Medical and sanitary report of the native army of Bengal for the year
Year: 1874
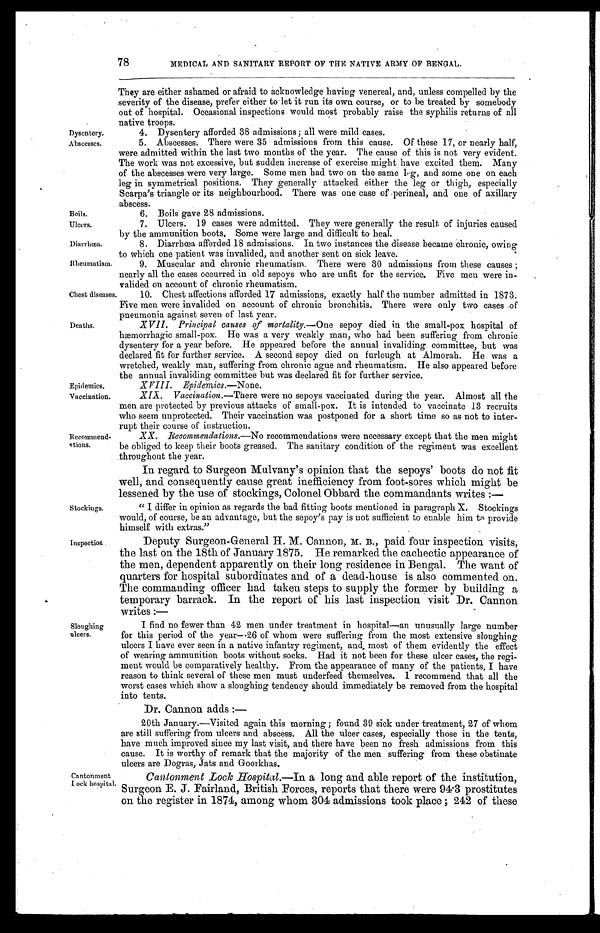
Dysentery.
Abscesses.
Boils.
Ulcers.
Diarrhœa.
Rheumatism
Epidemics.
Vaccination.
78
MEDICAL AND SANITARY REPORT OF THE NATIVE ARMY OF BENGAL.
Deaths.
Recommend-
tions.
Stockings.
Inpection Soughing
ulcers.
Chest diseases.
They are either ashamed or afraid to acknowledge having venereal, and, unless compelled by the
severity of the disease, prefer either to let it run its own course, or to be treated by somebody
out of hospital. Occasional inspections would most probably raise the syphilis returns of all
native troops.
4. Dysentery afforded 38 admissions ; all were mild cases.
5. Abscesses. There were 35 admissions from this cause. Of these 17, or nearly half,
were admitted within the last two months of the year. The cause of this is not very evident.
The work was not excessive, but sudden increase of exercise might have excited them. Many
of the abscesses were very large. Some men had two on the same leg, and some one on each
leg in symmetrical positions. They generally attacked either the leg or thigh, especially
Scarpa's triangle or its neighbourhood. There was one case of perinea, and one of axillary
abscess.
6. Boils gave 28 admissions.
7. Ulcers. 19 cases were admitted. They were generally the result of injuries caused
by the ammunition boots. Some were large and difficult to heal.
8. Diarrhœa afforded 18 admissions. In two instances the disease became chronic, owing
to which one patient was invalided, and another sent on sick leave.
9. Muscular and chronic rheumatism. There were 30 admissions from these causes ;
nearly all the cases occurred in old sepoys who are unfit for the service. Five men were in-
valided on account of chronic rheumatism.
10. Chest affections afforded 17 admissions, exactly half the number admitted in 1873.
Five men were invalided on account of chronic bronchitis. There were only two cases of
pneumonia against seven of last year.
XVII. Principal causes of mortality.— One sepoy died in the small-pox hospital of
hæmorrhagic small-pox. He was a very weakly man, who had been suffering from chronic
dysentery for a year before. He appeared before the annual invaliding committee, but was
declared fit for further service. A second sepoy died on furlough at Almorah. He was a
wretched, weakly man, suffering from chronic ague and rheumatism. He also appeared before
the annual invaliding committee but was declared fit for further service.
XVIII. Epidemics.—None.
XIX- Vaccination.—There were no sepoys vaccinated during the year. Almost all the
men are protected by previous attacks of small-pox. It is intended to vaccinate 13 recruits
who seem unprotected. Their vaccination was postponed for a short time so as not to inter-
rupt their course of instruction.
XX. Recommendations.— No recommendations were necessary except that the men might
be obliged to keep their boots greased. The sanitary condition of the regiment was excellent
throughout the year.
In regard to Surgeon Mulvany's opinion that the sepoys' boots do not fit
well, and consequently cause great inefficiency from foot-sores which might be
lessened by the use of stockings, Colonel Obbard the commandants writes :—
" I differ in opinion as regards the bad fitting boots mentioned in paragraph X. Stockings
would, of course, be an advantage, but the sepoy's pay is not sufficient to enable him to, provide
himself with extras."
Deputy Surgeon-General H. M. Cannon, M. B., paid four inspection visits,
the last on the 18th of January 1875. He remarked the cachectic appearance of
the men, dependent apparently on their long residence in Bengal. The want of
quarters for hospital subordinates and of a dead-house is also commented on.
The commanding officer had taken steps to supply the former by building a
temporary barrack. In the report of his last inspection visit Dr. Cannon
writes :—
I find no fewer than 42 men under treatment in hospital—an unusually large number
for this period of the year—.26 of whom were suffering from the most extensive sloughing
ulcers I have ever seen in a native infantry regiment, and, most of them evidently the effect
of wearing ammunition boots without socks. Had it not been for these ulcer cases, the regi-
ment would be comparatively healthy. From the appearance of many of the patients, I have
reason to think several of these men must underfeed themselves. I recommend that all the
worst cases which show a sloughing tendency should immediately be removed from the hospital
into tents.
Cantonment
Lock hospital.
Dr. Cannon adds :-
20th January.—Visited again this morning ; found 39 sick under treatment, 27 of whom
are still suffering from ulcers and abscess. All the ulcer cases, especially those in the tents,
have much improved since my last visit, and there have been no fresh admissions from this
cause. It is worthy of remark that the majority of the men suffering from these obstinate
ulcers are Dogras, Jats and Goorkhas.
Cantonment Lock Hospital.—In a long and able report of the institution,
Surgeon E. J. Fairland, British Forces, reports that there were 94 .3 prostitutes
on the register in 1874, among whom 304 admissions took place ; 242 of these